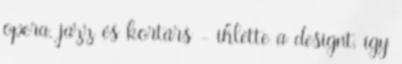
opera, jazz és kortárs - ihlette a designt, így